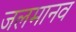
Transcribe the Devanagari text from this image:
जलमानव